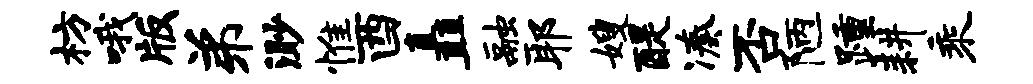
枋哦版弟渺惟酉矗融耶嫂醍凑否陋踵耕乘